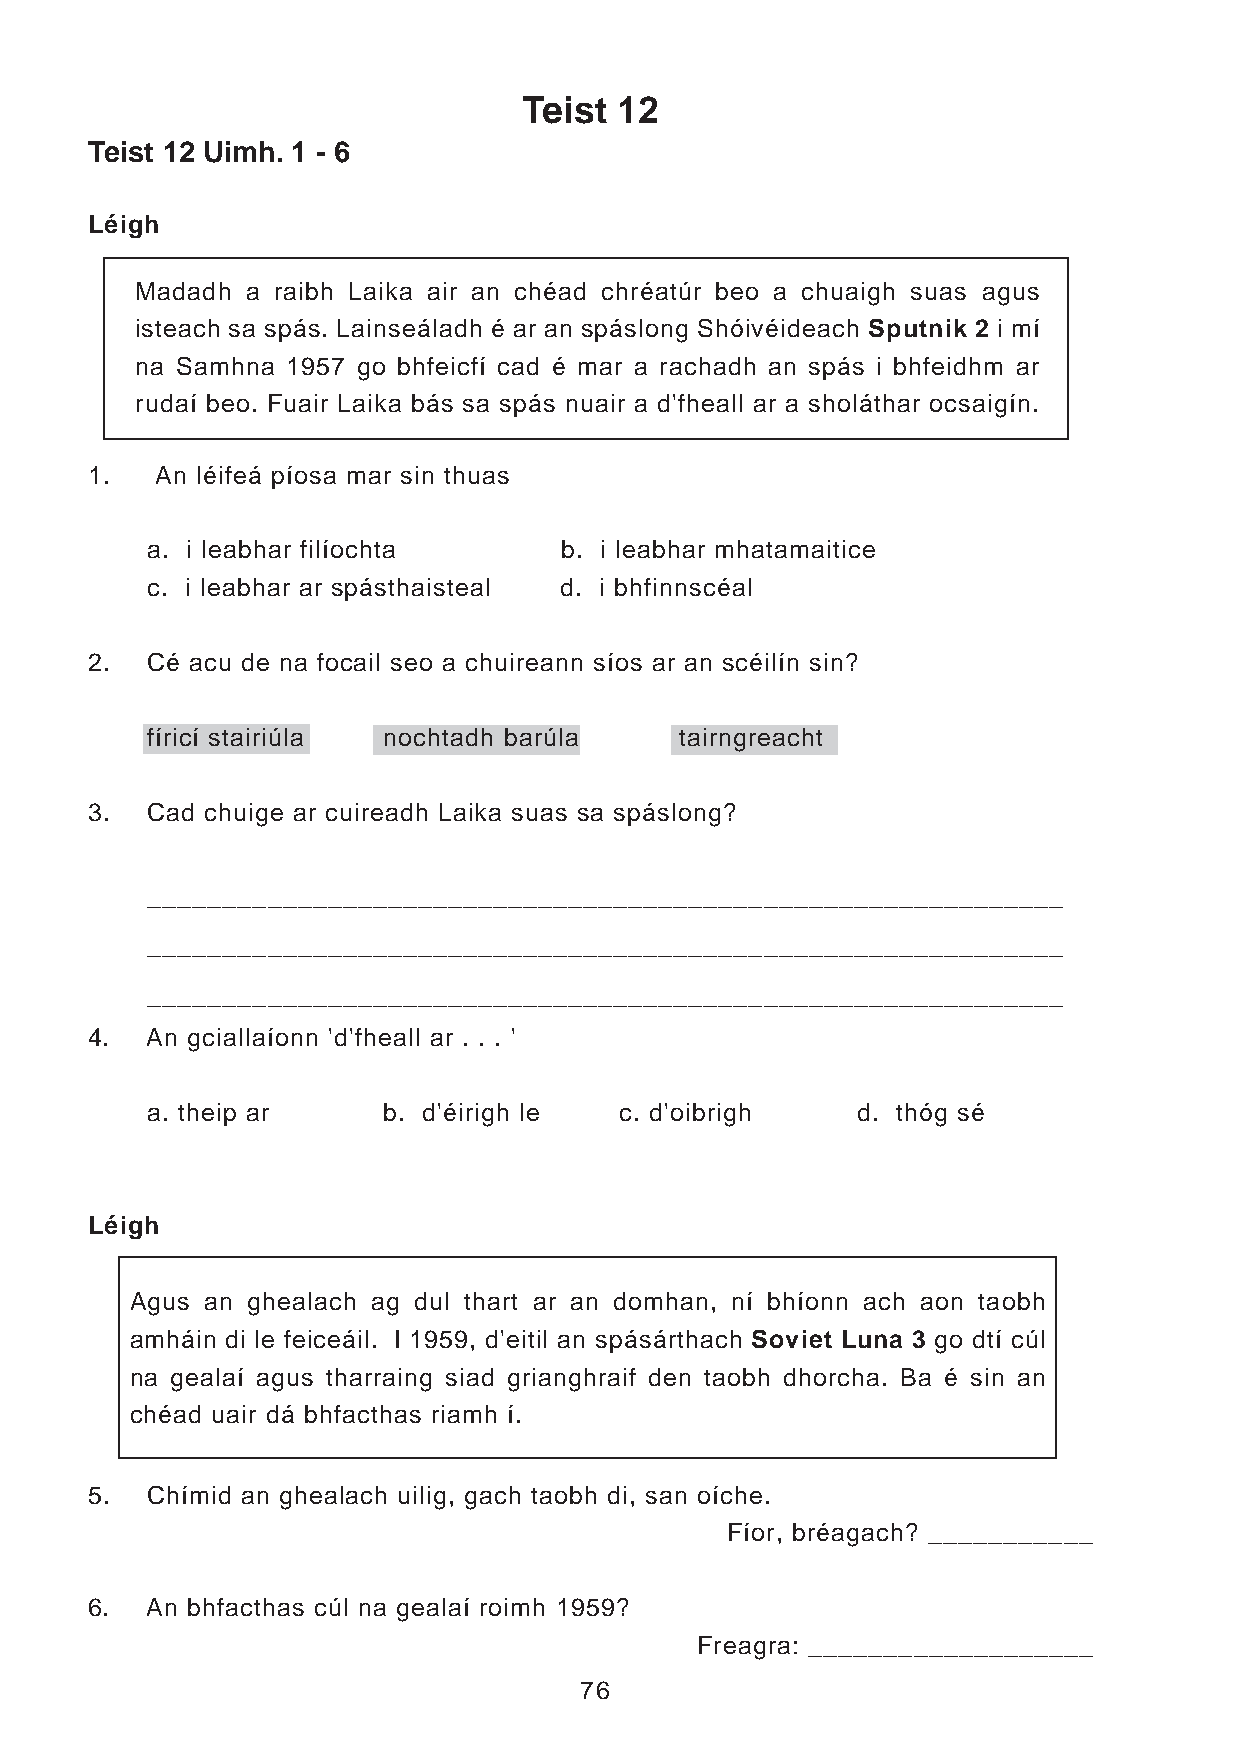
Teist 12
 Teist 12 Uimh. 1 - 6
 Léigh
 Madadh a raibh Laika air an chéad chréatúr beo a chuaigh suas agus
 isteach sa spás. Lainseáladh é ar an spáslong Shóivéideach Sputnik 2 i mí
 na Samhna 1957 go bhfeicfí cad é mar a rachadh an spás i bhfeidhm ar
 rudaí beo. Fuair Laika bás sa spás nuair a d'fheall ar a sholáthar ocsaigín.
 1.  An léifeá píosa mar sin thuas
 a. i leabhar filíochta     b. i leabhar mhatamaitice
 c. i leabhar ar spásthaisteal d. i bhfinnscéal
 2.  Cé acu de na focail seo a chuireann síos ar an scéilín sin?
 fíricí stairiúla nochtadh barúla   tairngreacht
 3.  Cad chuige ar cuireadh Laika suas sa spáslong?
 _____________________________________________________________
 _____________________________________________________________
 _____________________________________________________________
 4.  An gciallaíonn 'd'fheall ar . . . '
 a. theip ar    b. d'éirigh le  c. d'oibrigh    d. thóg sé
 Léigh
 Agus an ghealach ag dul thart ar an domhan, ní bhíonn ach aon taobh
 amháin di le feiceáil. I 1959, d'eitil an spásárthach Soviet Luna 3 go dtí cúl
 na gealaí agus tharraing siad grianghraif den taobh dhorcha. Ba é sin an
 chéad uair dá bhfacthas riamh í.
 5.  Chímid an ghealach uilig, gach taobh di, san oíche.
 Fíor, bréagach? ___________
 6.  An bhfacthas cúl na gealaí roimh 1959?
 Freagra: ___________________
 76